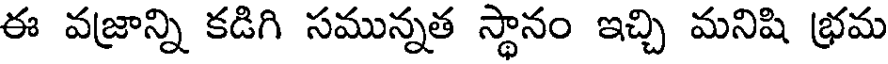
ఈ వజ్రాన్ని కడిగి సమున్నత స్థానం ఇచ్చి మనిషి భ్రమ